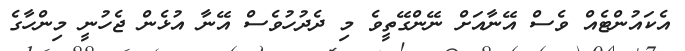
އެކައުންޓެއް ވެސް އޭނާއަށް ނޭންގޭތީވެ މި ދެދުހުވެެސް އޭނާ އުޅެން ޖެހުނީ މިންހާގެ